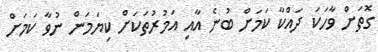
ގޮތަށް ވާހަކަ ދައްކާ ކަމަށް ބުނެ އާއި އަމުރުތަކަށް ކިޔަމަން ނުވާ ކަމަށް